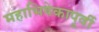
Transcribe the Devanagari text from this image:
महाभिषेकापूर्वी